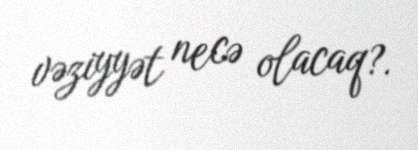
vəziyyət necə olacaq?.